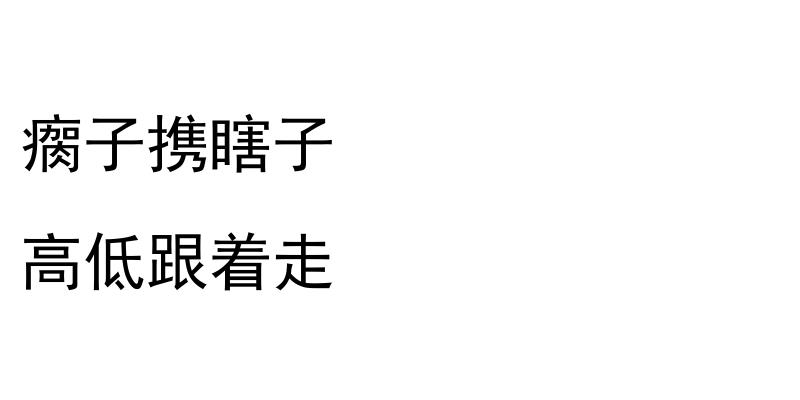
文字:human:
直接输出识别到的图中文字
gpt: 瘸子携瞎子 高低跟着走